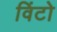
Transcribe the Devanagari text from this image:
विंटो